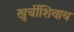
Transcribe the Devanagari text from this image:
खुर्चीशिवाय